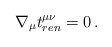
\begin{align*}\nabla_\mu t^{\mu\nu}_{ren}=0\,.\end{align*}